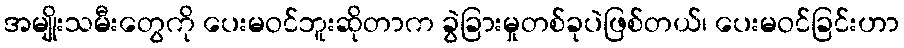
အမျိုးသမီးတွေကို ပေးမဝင်ဘူးဆိုတာက ခွဲခြားမှုတစ်ခုပဲဖြစ်တယ်၊ ပေးမဝင်ခြင်းဟာ